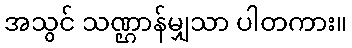
အသွင် သဏ္ဌာန်မျှသာ ပါတကား။